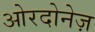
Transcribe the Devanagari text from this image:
ओरदोनेज़